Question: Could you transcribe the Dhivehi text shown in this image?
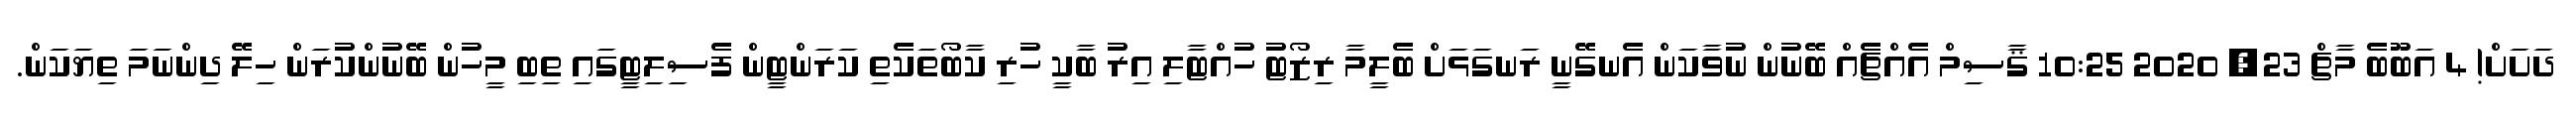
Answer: ދަށަށް! 4 އަބޫބެ މާޗް 23, 2020 10:25 ޤާސިމް އެއްޗެއް ބޭނުން ނުވާކަން އެނގޭނީ ރަނގަޅަށް ބެލީމާ ރިޒޯޓު ހުއްޓާލި އިރު ބާކީ ހުރި ކާބޯތަކެތި ކަރަންޓީން ފެސިލިޓީގައި ތިބި މީހުން ބޭނުންކުރަން ހިލޭ ދިންނަމަ ތިޔަކަން.